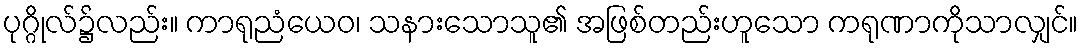
ပုဂ္ဂိုလ်၌လည်း။ ကာရုညံယေဝ၊ သနားသောသူ၏ အဖြစ်တည်းဟူသော ကရုဏာကိုသာလျှင်။